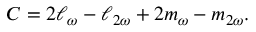
C = 2 \ell _ { \omega } - \ell _ { 2 \omega } + 2 m _ { \omega } - m _ { 2 \omega } .